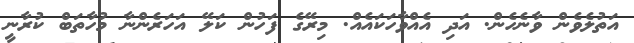
އަތުލެވެން ވާނެހެން. އަދި އެއްވާހަކައެއް. މިރޭގެ ފަހުން ކަލޭ އަހަރެންނާ މުހާތަބް ކުރާނީ